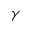
\gamma